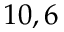
1 0 , 6